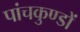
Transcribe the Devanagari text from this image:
पांचकुण्डों